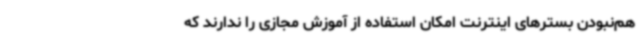
هم‌نبودن بسترهای اینترنت امکان استفاده از آموزش مجازی را ندارند که